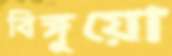
বিঙ্গুয়ো